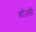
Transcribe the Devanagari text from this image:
बॉज़्ली